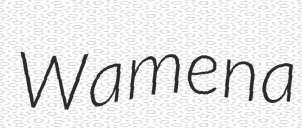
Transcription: Wamena